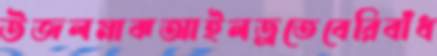
উজলমাঝআইলড্রতেবেরিবাঁধ